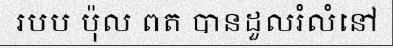
របប ប៉ុល ពត បានដួលរំលំនៅ